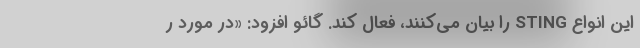
این انواع STING را بیان می‌کنند، فعال کند. گائو افزود: «در مورد ر